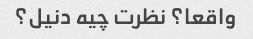
واقعا؟ نظرت چیه دنیل؟